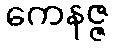
ကေနဇ္ဇ